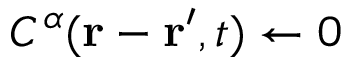
C ^ { \alpha } ( \mathbf { r } - \mathbf { r ^ { \prime } } , t ) \gets 0